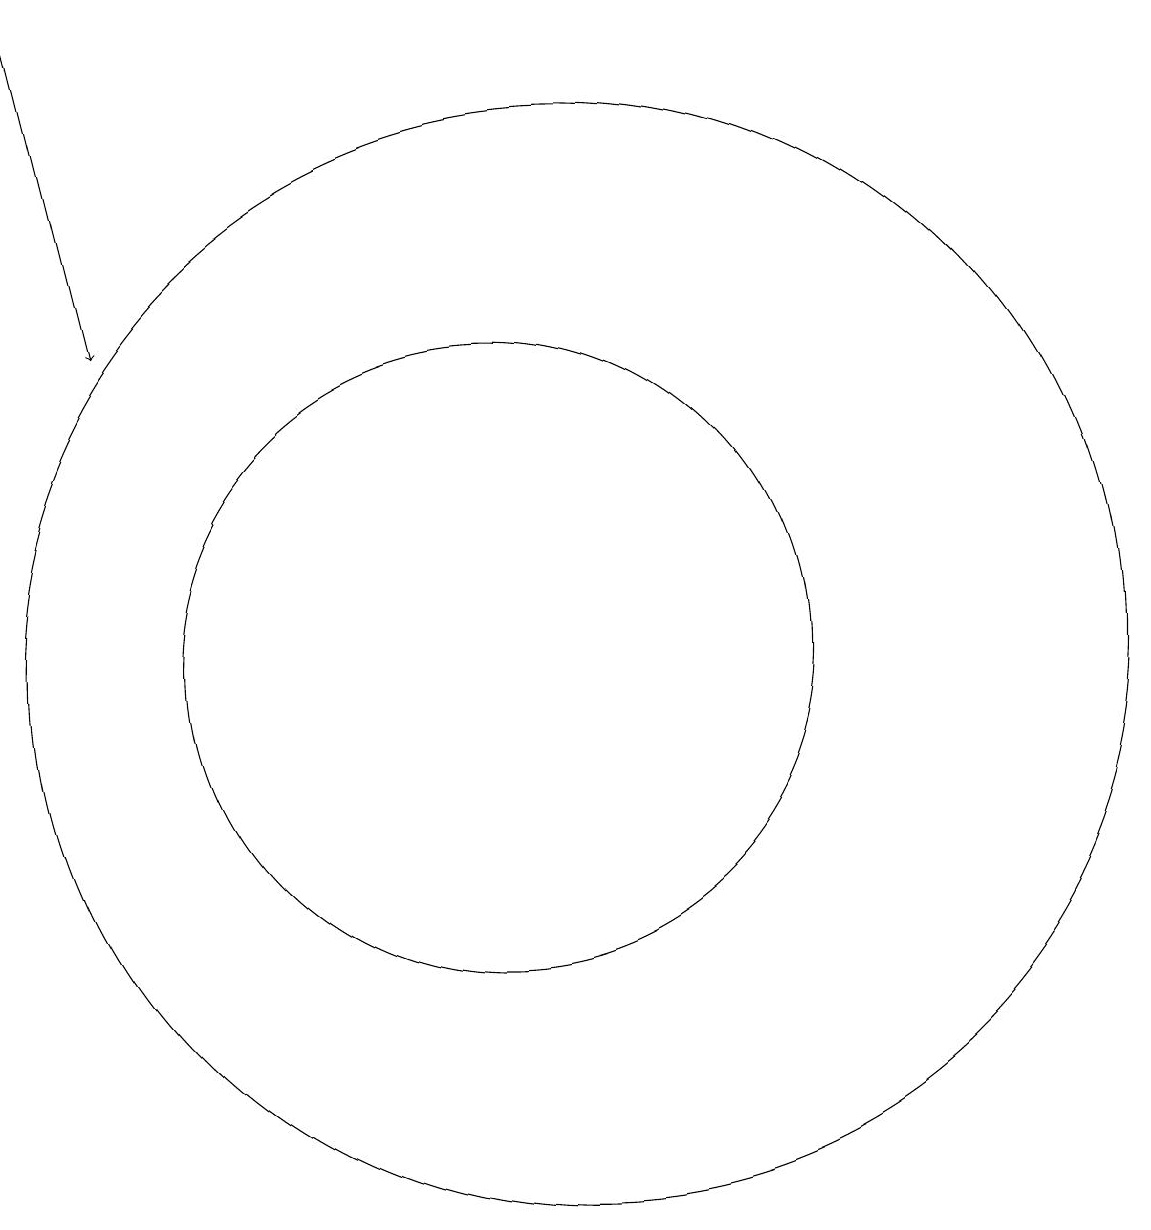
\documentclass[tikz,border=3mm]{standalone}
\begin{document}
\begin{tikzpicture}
\draw[->] (4,18) -- (5,14);
\draw (10,10) circle (4);
\draw (11,10) circle (7);
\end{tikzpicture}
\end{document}